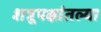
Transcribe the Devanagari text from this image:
शत्रूपक्षांतल्या